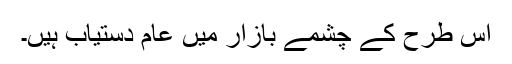
اس طرح کے چشمے بازار میں عام دستیاب ہیں۔